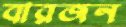
বারজন